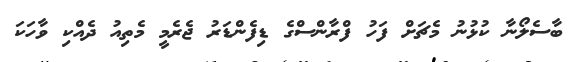
ބާސެލޯނާ ކުޅުނު މެޗަށް ފަހު ފްރާންސްގެ ޑިފެންޑަރު ޖެރެމީ މެތިއު ދެއްކި ވާހަކަ